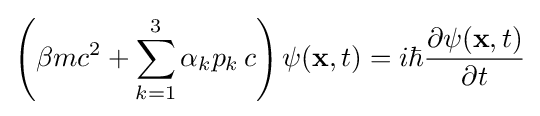
\left(\beta mc^{2}+\sum _{k=1}^{3}\alpha _{k}p_{k}\,c\right)\psi (\mathbf {x} ,t)=i\hbar {\frac {\partial \psi (\mathbf {x} ,t)}{\partial t}}